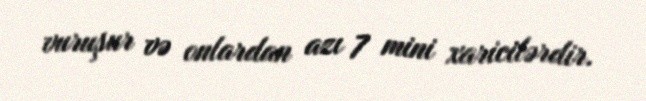
vuruşur və onlardan azı 7 mini xaricilərdir.